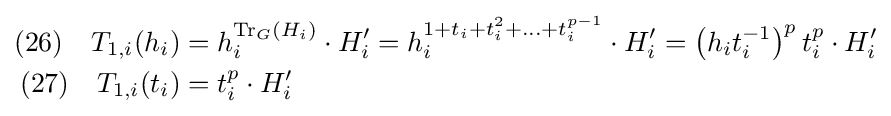
{\begin{aligned}(26)\quad T_{1,i}(h_{i})&=h_{i}^{\mathrm {Tr} _{G}(H_{i})}\cdot H_{i}'=h_{i}^{1+t_{i}+t_{i}^{2}+\ldots +t_{i}^{p-1}}\cdot H_{i}'=\left(h_{i}t_{i}^{-1}\right)^{p}t_{i}^{p}\cdot H_{i}'\\(27)\quad T_{1,i}(t_{i})&=t_{i}^{p}\cdot H_{i}'\end{aligned}}